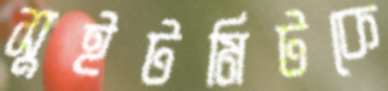
সুইটমিটকে